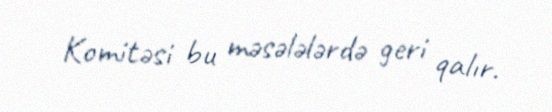
Komitəsi bu məsələlərdə geri qalır.